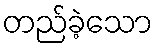
တည်ခဲ့သော